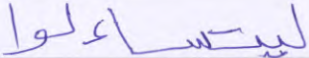
ليتساءلوا